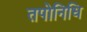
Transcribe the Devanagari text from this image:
तपोनिधि